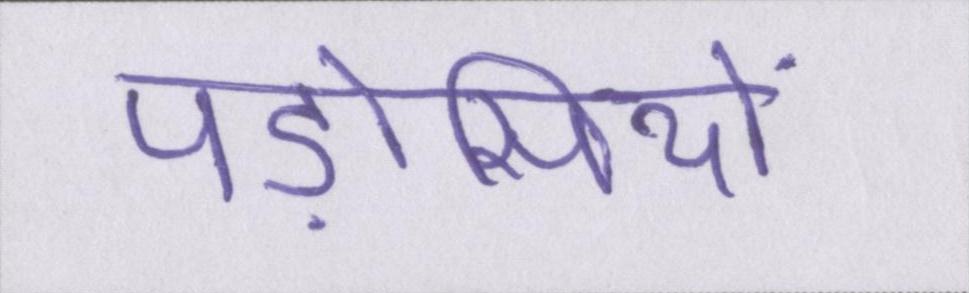
पड़ोसियों